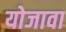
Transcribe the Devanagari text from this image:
योजावा